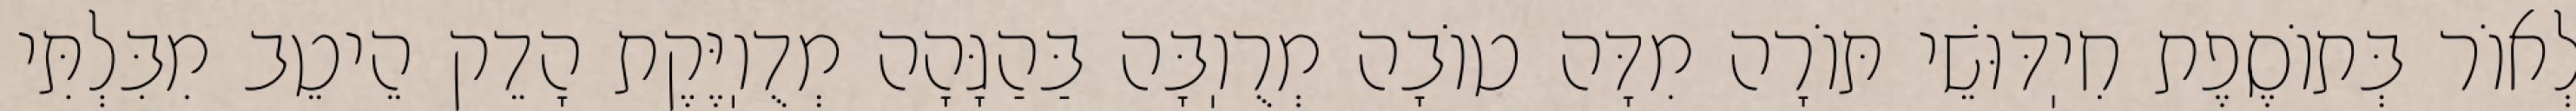
לְאוֹר בְּתוֹסֶפֶת חִיֽדּוּשֵׁי תּוֹרָה מִדָּה טוֹבָה מְרֻוֽבָּה בַּהַגָּהָה מְדֻוֽיֶּקֶת הָדֵק הֵיטֵב מִבִּלְתִּי